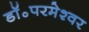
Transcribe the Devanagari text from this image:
डॉ॰परमेश्वर